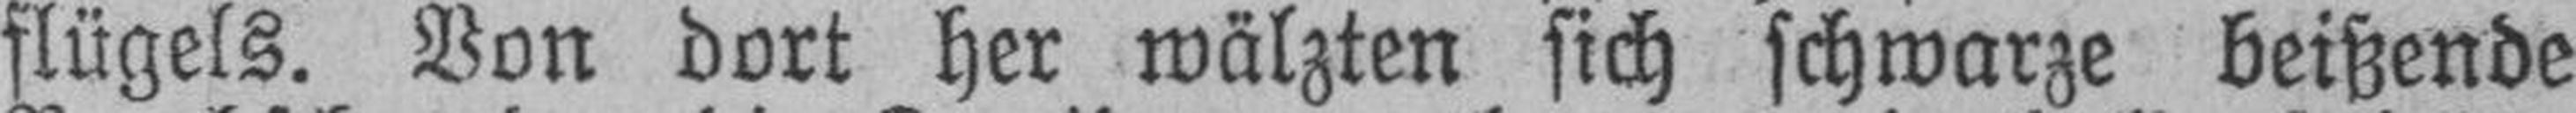
flügels. Von dort her wälzten sich schwarze beißende